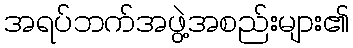
အရပ်ဘက်အဖွဲ့အစည်းများ၏